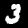
Label: 3